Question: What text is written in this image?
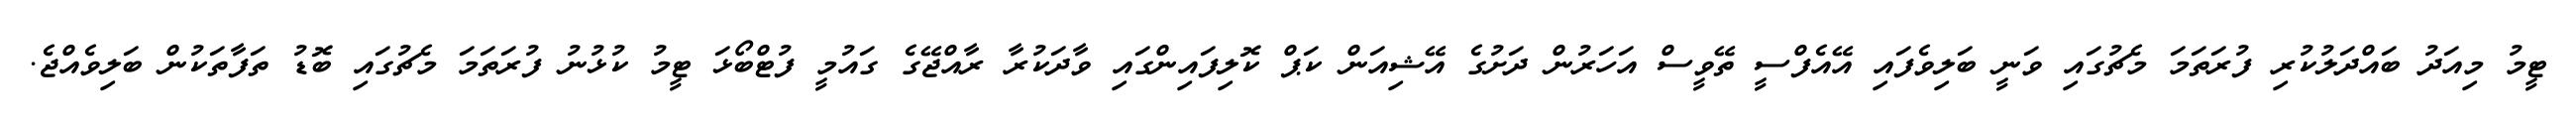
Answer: ޓީމު މިއަދު ބައްދަލުކުރި ފުރަތަމަ މެޗުގައި ވަނީ ބަލިވެފައި އޭއެފްސީ ތޭވީސް އަހަރުން ދަށުގެ އޭޝިއަން ކަޕް ކޮލިފައިންގައި ވާދަކުރާ ރާއްޖޭގެ ގައުމީ ފުޓްބޯޅަ ޓީމު ކުޅުނު ފުރަތަމަ މެޗުގައި ބޮޑު ތަފާތަކުން ބަލިވެއްޖެ.